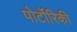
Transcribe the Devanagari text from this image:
पोर्टोरिकी